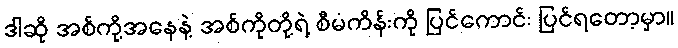
ဒါဆို အစ်ကို့အနေနဲ့ အစ်ကိုတို့ရဲ့ စီမံကိန်းကို ပြင်ကောင်း ပြင်ရတော့မှာ။